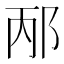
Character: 邴